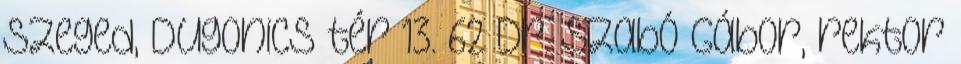
Szeged, Dugonics tér 13. 62 Dr. Szabó Gábor, rektor